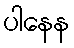
ပါနေန